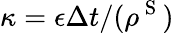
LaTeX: \kappa=\epsilon\Delta t/(\rho^{\mathrm{~S~}})